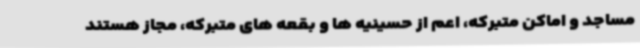
مساجد و اماکن متبرکه، اعم از حسینیه ها و بقعه های متبرکه، مجاز هستند